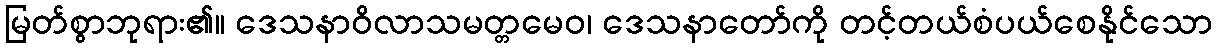
မြတ်စွာဘုရား၏။ ဒေသနာဝိလာသမတ္တမေဝ၊ ဒေသနာတော်ကို တင့်တယ်စံပယ်စေနိုင်သော